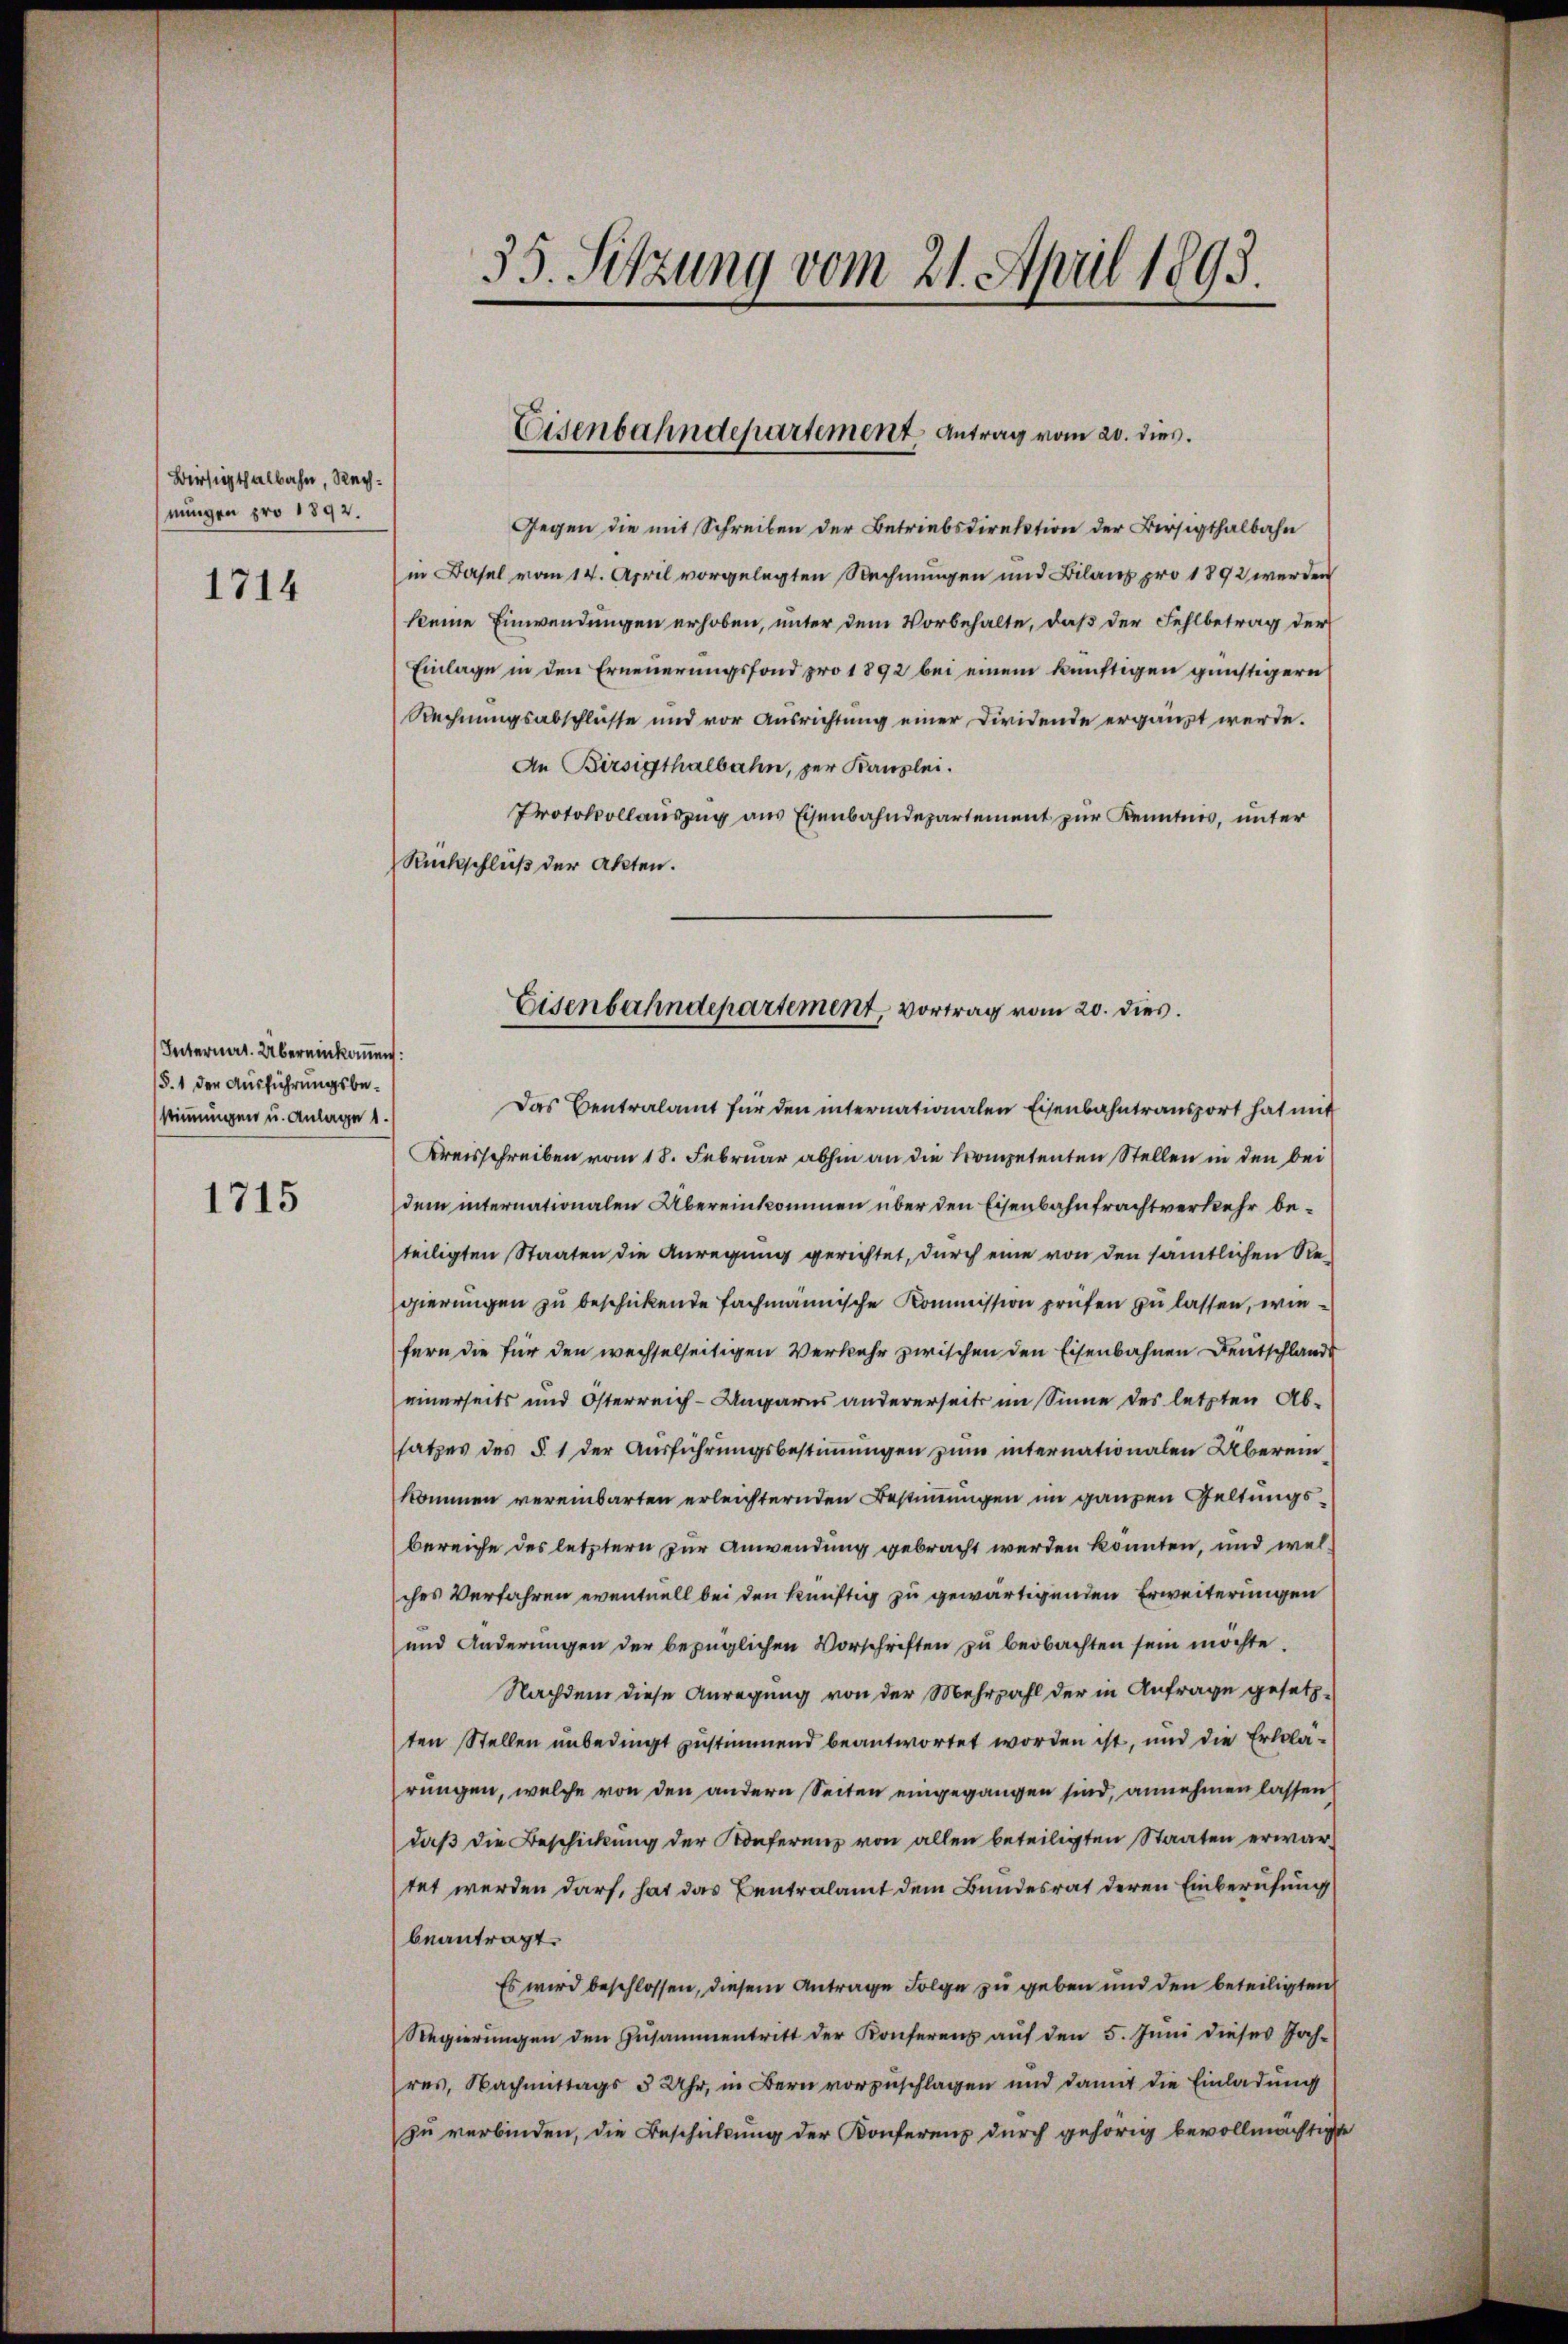
Bisigthalbahn, Rechnungen pro 1892.

1714

Internat. Übereinkommen:
(§. 1 der Ausführungsbestimmungen u. Anlage 1.

1715

35. Sitzung vom 21. April 1893.

Eisenbahndepartement Antrag vom 20. dies

Eisenbahndepartement, vortrag vom 20. dies

Gegen die mit Schreiben der Betriebsdirektion der Bersigthalbahn
in Basel vom 14. April vorgelegten Rechnungen und Bilanz pro 1892 werden
keine Einwendungen erhoben, unter dem Vorbehalte, daß der Fehlbetrag der
Einlage in den Erneuerungsfond pro 1892 bei einem künftigen günstigern
Rechnungsabschlüsse und vor Ausrichtung einer Dividende ergänzt werde.
An Birsigthalbahn, zur Kanzlei.
Protokollauszug aus Eisenbahndepartement zur Kenntnis, unter
Rückschluß der Akten.

Das Centralamt für den internationalen Eisenbahntransport hat mit
Kreisschreiben vom 18. Februar abhin an die Kompetenten Stellen in den bei
dem internationalen Übereinkommen über den Eisenbahnfrachtverkehr beteiligten Staaten die Anregung gerichtet, durch eine von den sämtlichen Regierungen zu beschickende Fachmannische Kommission prüfen zu lassen, wiefern die für den wechselseitigen Verkehr zwischen den Eisenbahnen Deutschland
einerseits und Österreich-Ungarns andererseits im Sinne des letzten Absatzes des §. 1 der Ausführungsbestimmungen zum internationalen Übereinkommen vereinbarten erleichternden Bestimmungen im ganzen Geltungsbereiche des letztern zur Anwendung gebracht werden könnten, und welches Verfahren eventuell bei den künftig zu gewärtigenden Erweiterungen
und Änderungen der bezüglichen Vorschriften zu beobachten sein möchte.
Nachdem diese Anregung von der Mehrzahl der in Anfrage gesetzten Stellen unbedingt zustimmend beantwortet worden ist, und die Erklärungen, welche von den andern Seiten eingegangen sind, annehmen lassen
daß die Beschickung der Konferenz von allen beteiligten Staaten erwartet werden darf, hat das Centralamt dem Bundesrat deren Einberufung
beantragt.
Es wird beschlossen, diesem Antrage Folge zu geben und den beteiligten
Regierŭngen den Zusammentritt der Konferenz aŭf den 5. Juni dieses Jah-
res, Nachmittags 3 Uhr, in Bern vorzuschlagen und damit die Einladung
zu verbinden, die Beschichtung der Konferenz durch gehörig bevollmächtigte